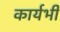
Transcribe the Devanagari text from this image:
कार्यभी